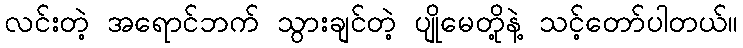
လင်းတဲ့ အရောင်ဘက် သွားချင်တဲ့ ပျိုမေတို့နဲ့ သင့်တော်ပါတယ်။